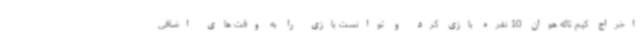
اخراج کیم تائه هوان 10 نفره بازی کرد و توانست بازی را به وقت های اضافی